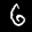
Label: 6